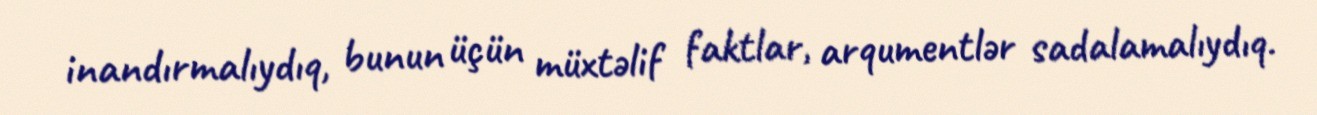
inandırmalıydıq, bunun üçün müxtəlif faktlar, arqumentlər sadalamalıydıq.